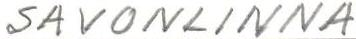
SAVONLINNA